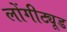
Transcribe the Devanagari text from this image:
लोंगीट्यूड